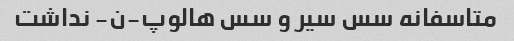
متاسفانه سس سیر و سس هالوپ-ن- نداشت